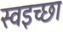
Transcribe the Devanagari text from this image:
स्वइच्छा